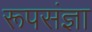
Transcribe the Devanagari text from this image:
रूपसंज्ञा